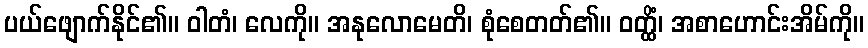
ပယ်ဖျောက်နိုင်၏။ ဝါတံ၊ လေကို။ အနုလောမေတိ၊ စုံစေတတ်၏။ ဝတ္ထိံ၊ အစာဟောင်းအိမ်ကို။